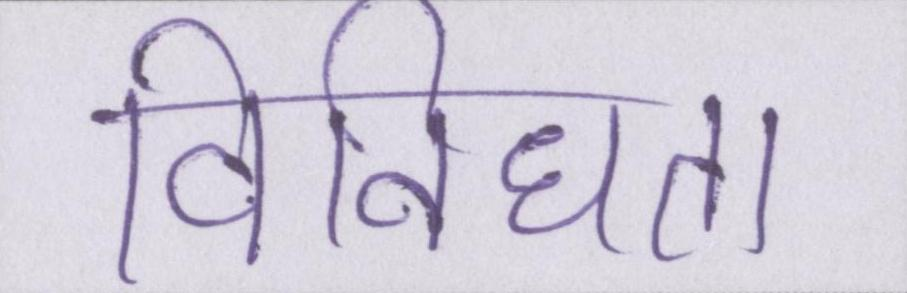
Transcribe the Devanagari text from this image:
विविधता